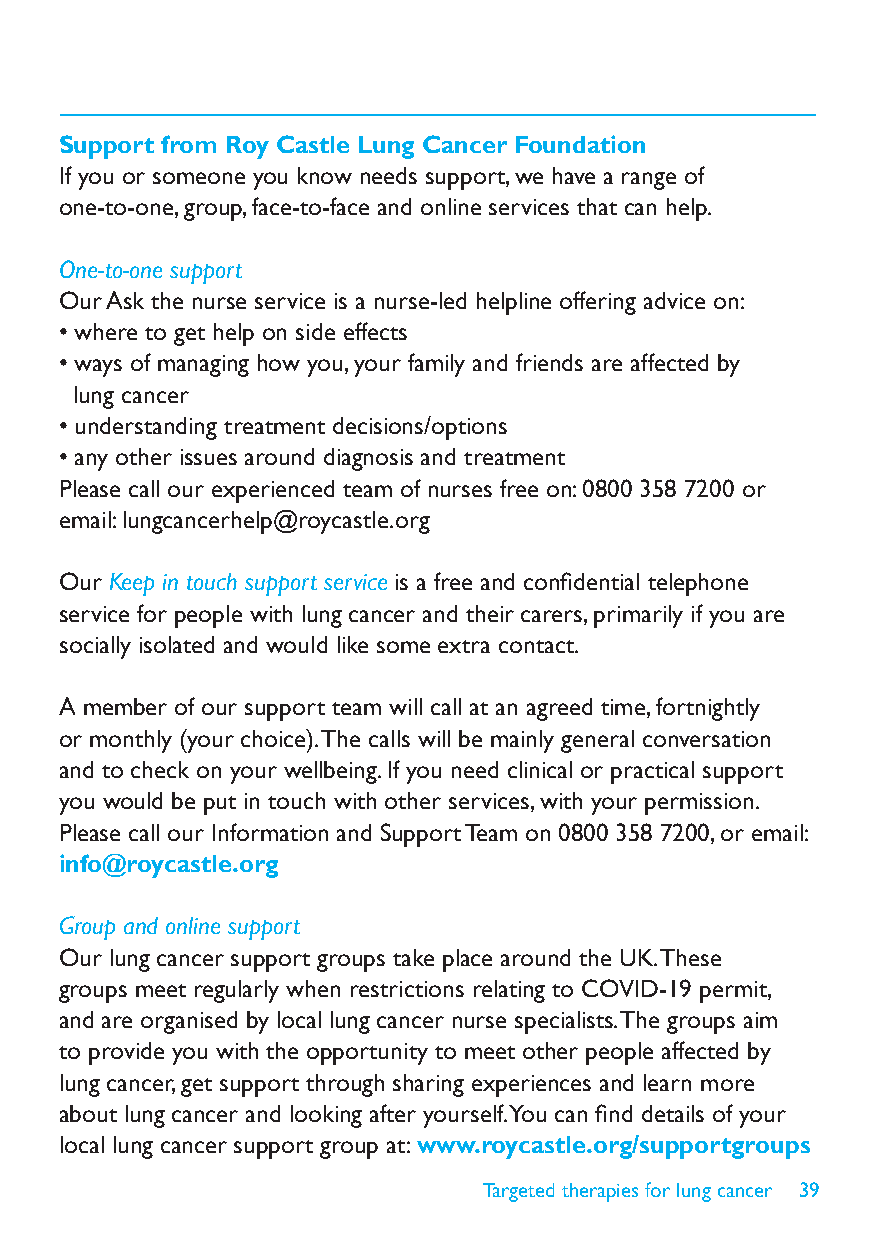
Support from Roy Castle Lung Cancer Foundation
 If you or someone you know needs support, we have a range of
 one-to-one, group, face-to-face and online services that can help.
 One-to-one support
 Our Ask the nurse service is a nurse-led helpline offering advice on:
 • where to get help on side effects
 • ways of managing how you, your family and friends are affected by
 lung cancer
 • understanding treatment decisions/options
 • any other issues around diagnosis and treatment
 Please call our experienced team of nurses free on: 0800 358 7200 or
 email: lungcancerhelp@roycastle.org
 Our Keep in touch support service is a free and confidential telephone
 service for people with lung cancer and their carers, primarily if you are
 socially isolated and would like some extra contact.
 A member of our support team will call at an agreed time, fortnightly
 or monthly (your choice). The calls will be mainly general conversation
 and to check on your wellbeing. If you need clinical or practical support
 you would be put in touch with other services, with your permission.
 Please call our Information and Support Team on 0800 358 7200, or email:
 info@roycastle.org
 Group and online support
 Our lung cancer support groups take place around the UK. These
 groups meet regularly when restrictions relating to COVID-19 permit,
 and are organised by local lung cancer nurse specialists. The groups aim
 to provide you with the opportunity to meet other people affected by
 lung cancer, get support through sharing experiences and learn more
 about lung cancer and looking after yourself. You can find details of your
 local lung cancer support group at: www.roycastle.org/supportgroups
 Targeted therapies for lung cancer 39